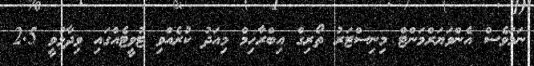
ނަމަވެސް އެންވަޔަރްމަންޓް މިނިސްޓަރު ތޯރިގް އިބްރާހިމް މިއަދު ކުރެއްވި ޓުވީޓެއްގައި ވިދާޅުވީ 2.5